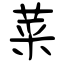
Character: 菜